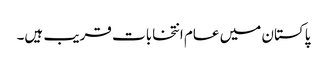
پاکستان میں عام انتخابات قریب ہیں۔